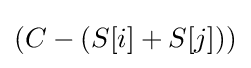
(C-(S[i]+S[j]))